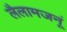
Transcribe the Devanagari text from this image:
लैलामजनूं